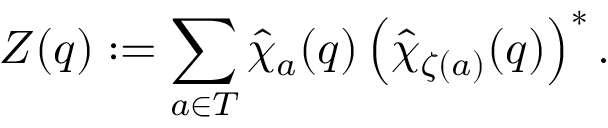
Z ( q ) : = \sum _ { a \in T } \hat { \chi } _ { a } ( q ) \left( \hat { \chi } _ { \zeta ( a ) } ( q ) \right) ^ { * } .